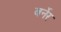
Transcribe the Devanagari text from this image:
बर्नेर